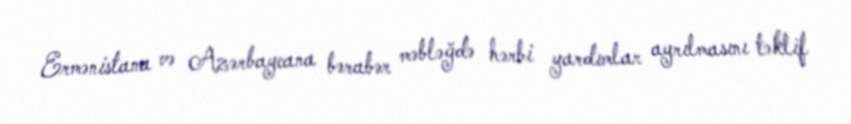
Ermənistana və Azərbaycana bərabər məbləğdə hərbi yardımlar ayrılmasını təklif